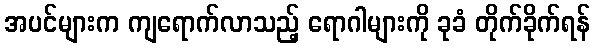
အပင်များက ကျရောက်လာသည့် ရောဂါများကို ခုခံ တိုက်ခိုက်ရန်